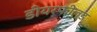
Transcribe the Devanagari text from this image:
डीयरफील्ड